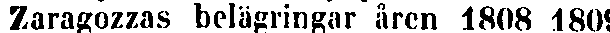
Zaragozzas belägringar åren 1808 1809